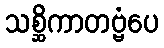
သစ္ဆိကာတဗ္ဗံပေ